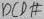
Text: DCD